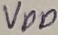
Text: VDD